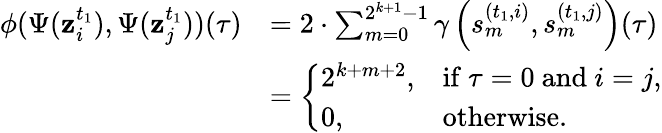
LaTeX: \begin{array}{rl}{\phi(\Psi(\mathbf{z}_{i}^{t_{1}}),\Psi(\mathbf{z}_{j}^{t_{1}}))(\tau)}&{=2\cdot\sum_{m=0}^{2^{k+1}-1}\gamma\left(s_{m}^{(t_{1},i)},s_{m}^{(t_{1},j)}\right)(\tau)}\\ &{=\left\{ \begin{array}{ll}{2^{k+m+2},}&{\mathrm{if}\ \tau=0\ \mathrm{and}\ i=j,}\\ {0,}&{\mathrm{otherwise}.}\end{array}\right.}\end{array}